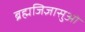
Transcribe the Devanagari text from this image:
ब्रह्मजिज्ञासुओं